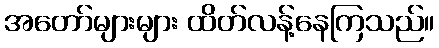
အတော်များများ ထိတ်လန့်နေကြသည်။